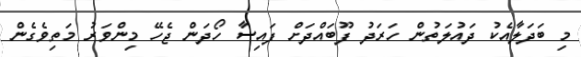
މި ބަދަލާއެކު ދައުލަތުން ހަރަދު ފޫބައްދަށް ފައިސާ ހޯދަން ޖެހޭ މިންވަރު މަތިވެގެން